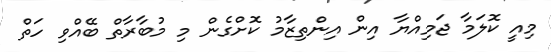
މިއީ ކޮލަމާ ޖަމިއްޔާ އިން އިންތިޒާމު ކޮށްގެން މި މުބާރާތް ބޭއްވި ހަތް